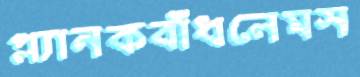
প্ল্যানকবাঁধলেমস